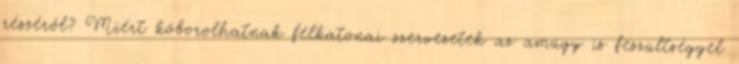
részéről? Miért kóborolhatnak félkatonai szervezetek az amúgy is feszültséggel